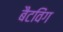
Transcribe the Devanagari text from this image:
बैटविंग